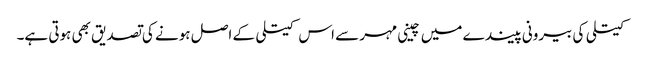
کیتلی کی بیرونی پیندے میں چینی مہر سے اس کیتلی کے اصل ہونے کی تصدیق بھی ہوتی ہے۔